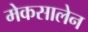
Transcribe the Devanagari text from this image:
मेकसालेन